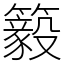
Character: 䉨